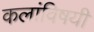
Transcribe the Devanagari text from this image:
कलांविषयी